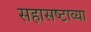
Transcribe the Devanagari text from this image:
सहासष्टाव्या